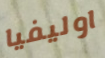
اوليفيا